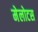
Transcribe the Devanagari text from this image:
मेलोटस